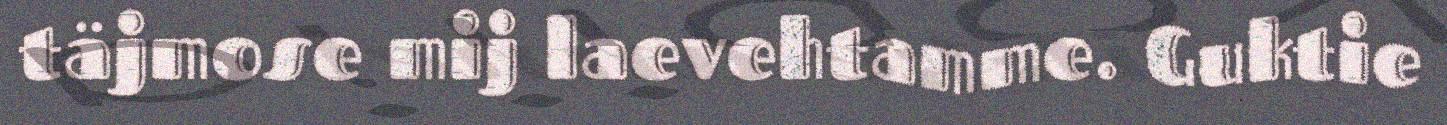
täjmose mij laevehtamme. Guktie